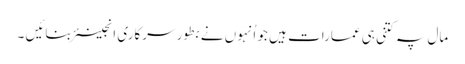
مال پہ کتنی ہی عمارات ہیں جو اُنہوں نے بطور سرکاری انجینئر بنائیں ۔